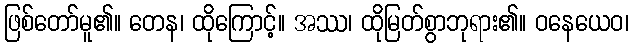
ဖြစ်တော်မူ၏။ တေန၊ ထိုကြောင့်။ အဿ၊ ထိုမြတ်စွာဘုရား၏။ ဝနေယေဝ၊